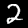
Label: 2